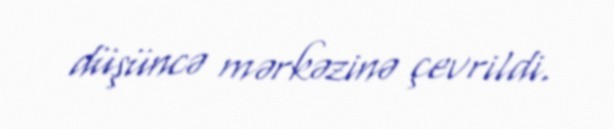
düşüncə mərkəzinə çevrildi.